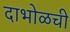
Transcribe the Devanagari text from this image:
दाभोळची